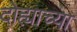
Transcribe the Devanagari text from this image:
दोह्याच्या